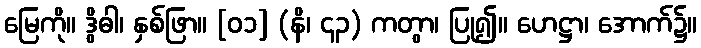
မြေကို။ ဒွိဓါ၊ နှစ်ဖြာ။ [၀၁] (နိ၊ ၄၃) ကတွာ၊ ပြု၍။ ဟေဋ္ဌာ၊ အောက်၌။